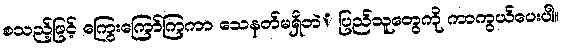
စသည့်ဖြင့် ကြွေးကြော်ကြကာ သေနတ်မရှိတဲံ ပြည်သူတွေကို ကာကွယ်ပေးပါ။